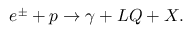
e ^ { \pm } + p \rightarrow \gamma + L Q + X .